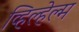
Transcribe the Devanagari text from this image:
व्हिल्हेल्म